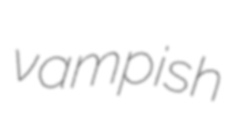
vampish